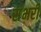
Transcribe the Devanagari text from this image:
संभरी